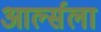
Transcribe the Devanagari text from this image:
आर्ल्सला